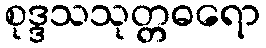
စုဒ္ဒသသုတ္တဓရော